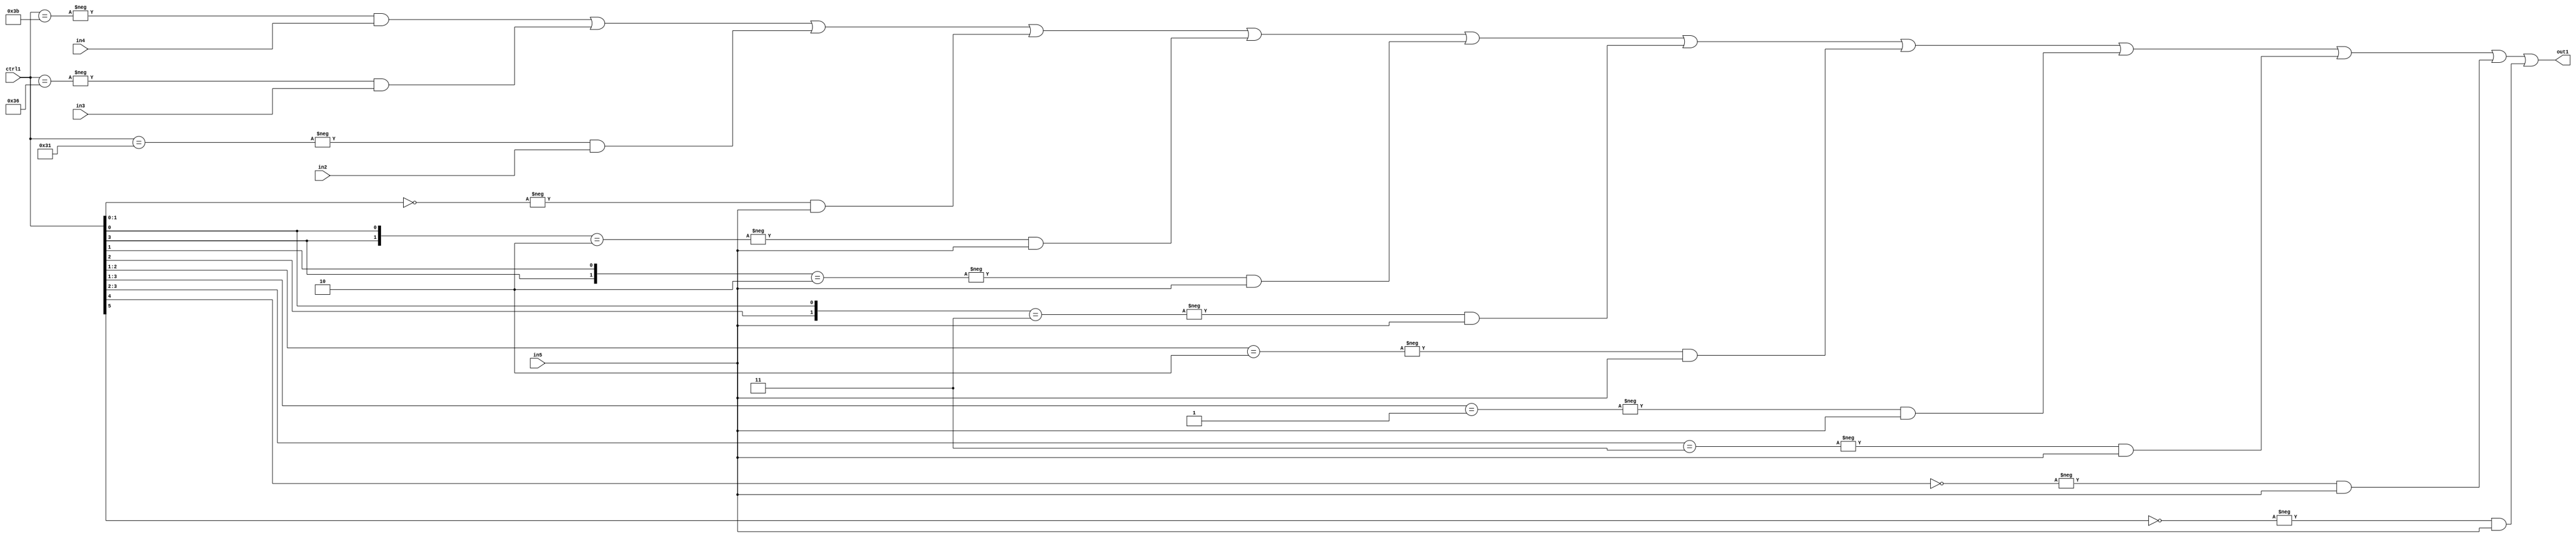
`timescale 1ps / 1ps
/*****************************************************************************
    Verilog RTL Description
    
    
    Created by: Stratus DpOpt 21.05.01 
*******************************************************************************/

module SobelFilter_N_Mux_32_4_53_4 (
	in5,
	in4,
	in3,
	in2,
	ctrl1,
	out1
	); /* architecture "behavioural" */ 
input [31:0] in5;
input [8:0] in4,
	in3,
	in2;
input [5:0] ctrl1;
output [31:0] out1;
wire [31:0] asc001;

assign asc001 = 
	-{ctrl1 == 6'B111011} & in4 |
	-{ctrl1 == 6'B110110} & in3 |
	-{ctrl1 == 6'B110001} & in2 |
	-{ctrl1[1:0] == 2'B00} & in5 |
	-{{ctrl1[3], ctrl1[0]} == 2'B10} & in5 |
	-{{ctrl1[3], ctrl1[1]} == 2'B10} & in5 |
	-{{ctrl1[2], ctrl1[0]} == 2'B11} & in5 |
	-{ctrl1[2:1] == 2'B10} & in5 |
	-{ctrl1[3:1] == 3'B001} & in5 |
	-{ctrl1[3:2] == 2'B11} & in5 |
	-{ctrl1[4] == 1'B0} & in5 |
	-{ctrl1[5] == 1'B0} & in5 ;

assign out1 = asc001;
endmodule

/* CADENCE  vbPzTQE= : u9/ySxbfrwZIxEzHVQQV8Q== ** DO NOT EDIT THIS LINE ******/